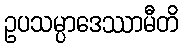
ဥပသမ္ပာဒေဿာမီတိ